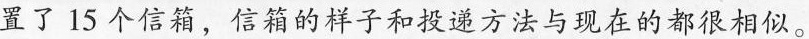
置了15个信箱，信箱的样子和投递方法与现在的都很相似。